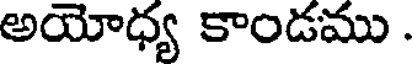
అయోధ్య కాండము .